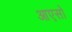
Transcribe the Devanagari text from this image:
आएसो